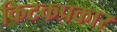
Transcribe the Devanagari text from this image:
किटकप्रकार